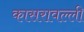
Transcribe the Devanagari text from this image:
कासरावल्ली